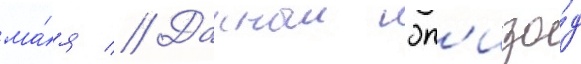
ма́я // Данныи эп'изо́д